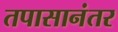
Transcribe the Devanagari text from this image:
तपासानंतर